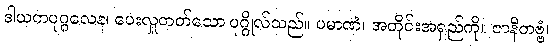
ဒါယကပုဂ္ဂလေန၊ ပေးလှူတတ်သော ပုဂ္ဂိုလ်သည်။ ပမာဏံ၊ အတိုင်းအရှည်ကို။ ဇာနိတဗ္ဗံ၊